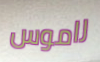
راموس